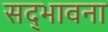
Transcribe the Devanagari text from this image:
सद्‌भावना